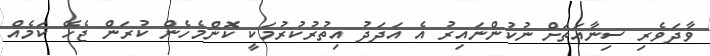
ވާދަވެރި ސިނާއަތަށް ނުކުންނައިރު އެ އަދަދު އިތުރުކުރުމަކީ ކޮންމެހެން ކުރަން ޖެހޭ ކަމެއް